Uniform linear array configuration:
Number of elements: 4
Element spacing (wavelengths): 0.5
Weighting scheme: blackman
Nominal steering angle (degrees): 30
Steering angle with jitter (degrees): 30.431
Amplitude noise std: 0.05
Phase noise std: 0.05

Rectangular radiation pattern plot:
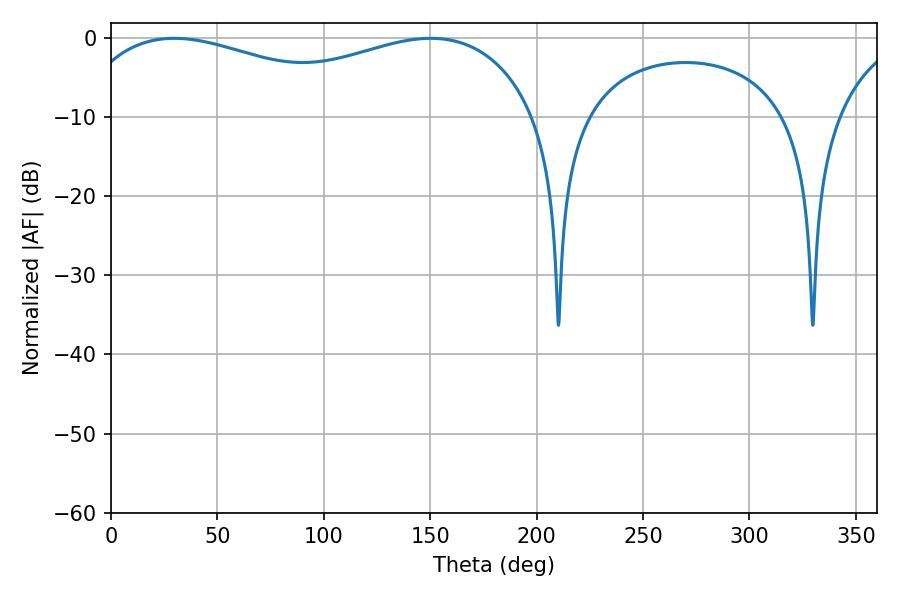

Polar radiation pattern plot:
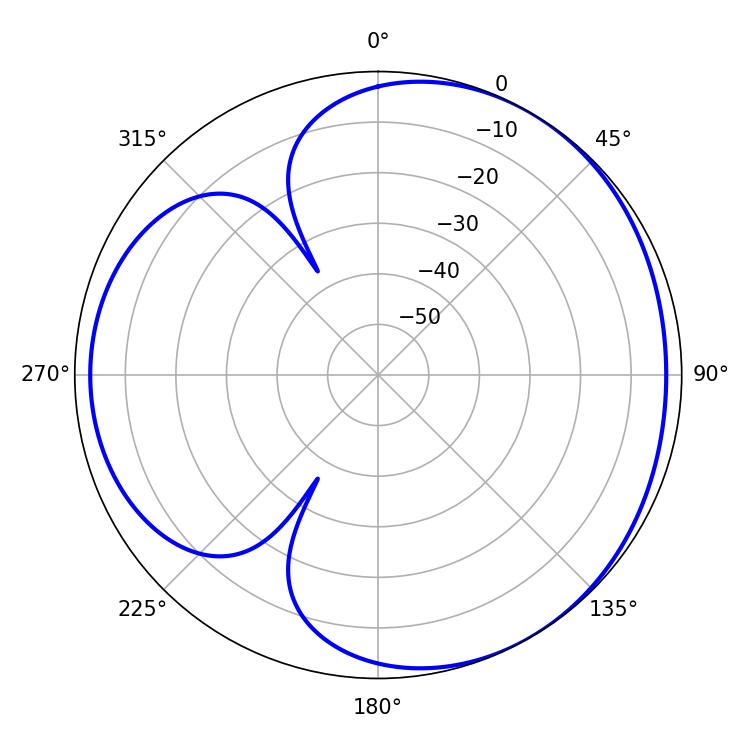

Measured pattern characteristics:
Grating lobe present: FALSE
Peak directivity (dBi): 3.498
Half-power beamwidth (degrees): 84.96
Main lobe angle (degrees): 29.7